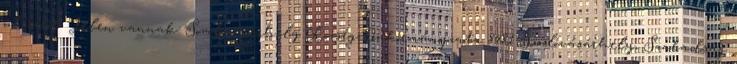
üléséről. Jelen vannak: Somlóvásárhely Község Önkormányzata 8481 Somlóvásárhely, Szabadság